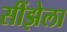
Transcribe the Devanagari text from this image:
सींझेला